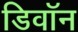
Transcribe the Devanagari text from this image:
डिवॉन